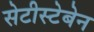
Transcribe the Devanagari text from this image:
सेटीस्‍टेबेन